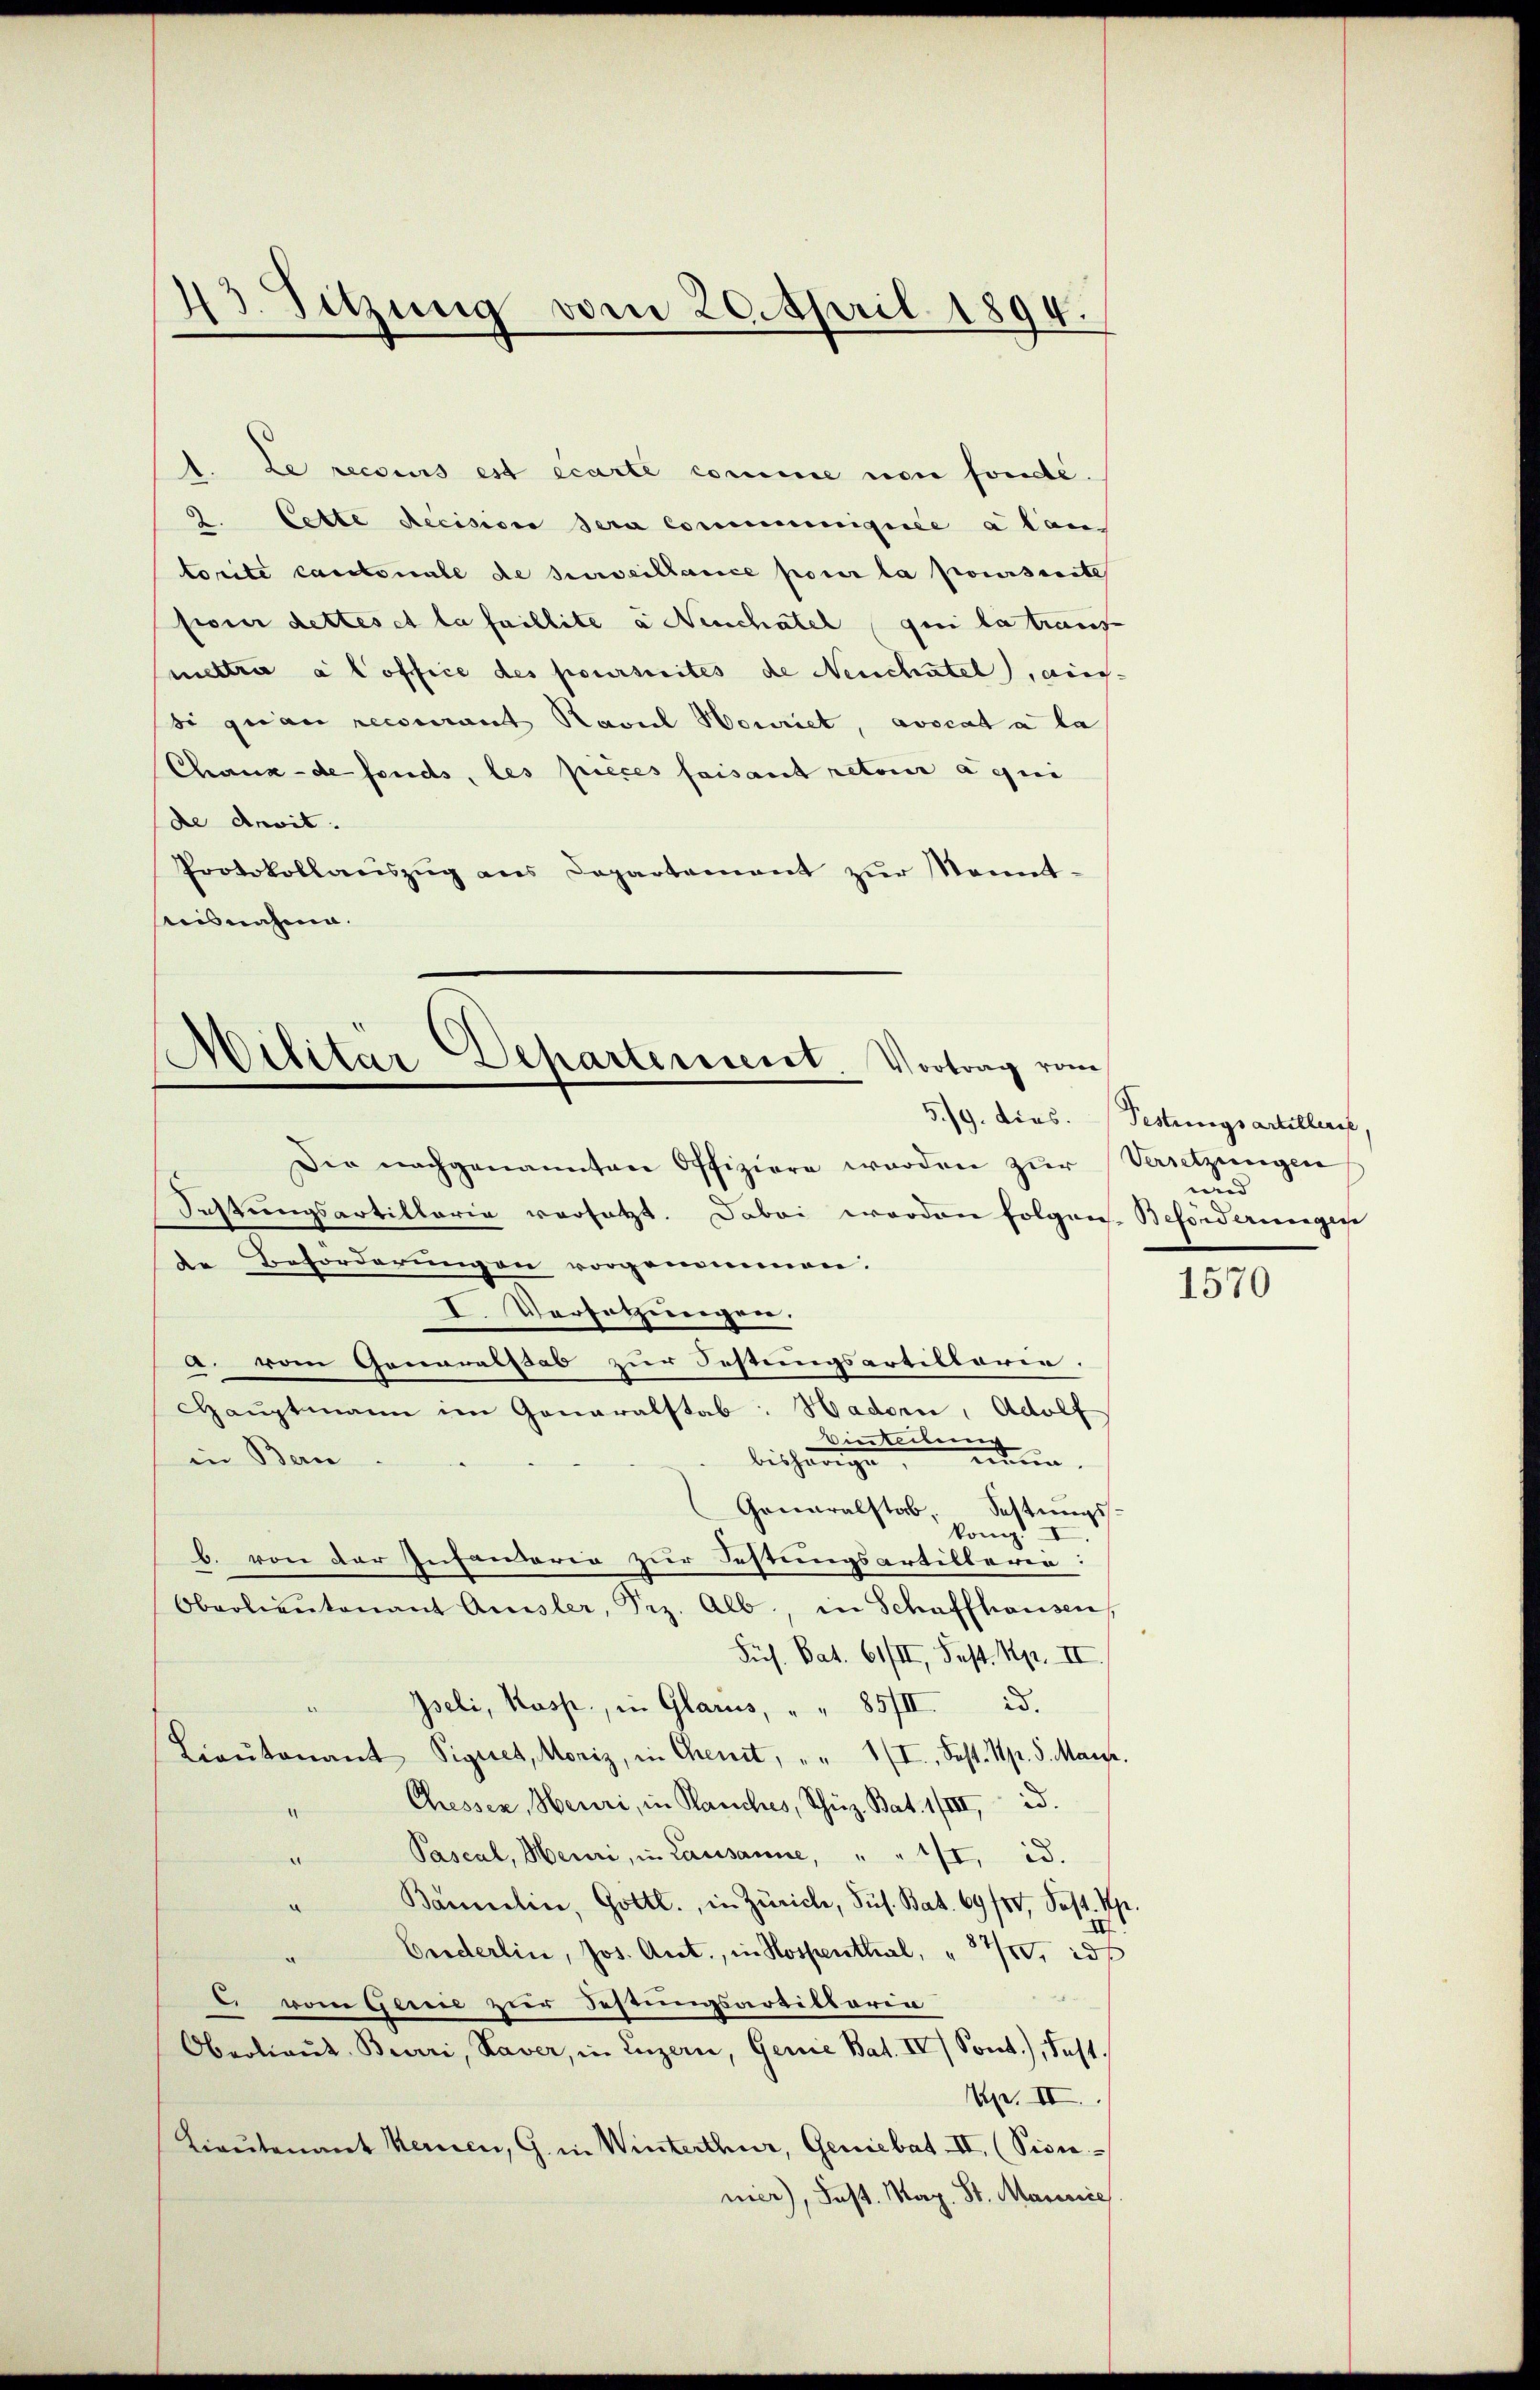
43. Sitzung vom 20. April 1894.

1. Le recours est écarte comme non fondé.
d
2. Cette Recision sera communiquée a lan
torite cantonale de surveillance pour la poursuite
feier dettes et la faillite à Neuchatel qui la trauf
mettrie a l office des poursuites de Neuchatel, ainsi quam reconnant Raviel Henriet, avocata la
Chaux-de fonds, les pièces faisant retour aqui
de devit.
Protokollauszug aus Departement zur Kennt¬
Ausnahme.

Militär-Departerient. Vortrag vom

Die nachgenannten Offiziere werden zur
Sichtungsartillaria versetzt. Dabei worden folgen. Beforderungege
te Beforderungen vorgenommen.
I. Versetzungen.
a. vom Generalstab zur Festungsartilloria.
Haŭptmann im Generalstab: Hadorn, Adolf
Vierteilun
nuen
in Bern
bisherige
Generalstab. Sestungs
könig. I
b. von der Infanderia zur Festungsartillerie:
Oberlieŭtenant Ausler, Sez. Alb., in Schaffhausen,
Sus. Bat. 61/II, Fest. Rp. II
Iseli, Kasp., in Glarus, " " 85/II. d.
Lieŭtenant Pignet, Moriz, in Chent, " " 1/I., Fest. pr. 5. Marz.
Chessen, Heuri, in Manches, Schüz Bat. 1/III, id.
Paseal, Heuri, in Lausanne, " " 1/I, id.
¬
Bannelin, Gottl., in Zürich, Sus. Bat. 69/10, Past. pr.

Corderlin, Jos. Art., in Hospenthal, " 340, id
2
. vom Gerie zur Festungsartiktorin
Oberlieŭt. Beurri, Laver, in Luzern, Genie Bat. IV / Sont.), fest.
Ap. II.
Lieutenant Kernen, G. in Winterthur, Geniebat II. (Vice-
nier), Jost. Mag. St. Marisie

5./9. dies. (Festungsartellers
Versetzungen
und

1570